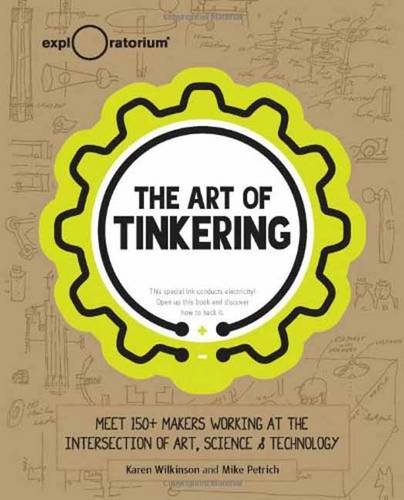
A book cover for The Art of Tinkering; Karen Wilkinson; Arts & Photography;